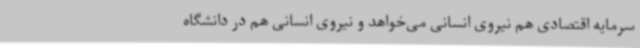
سرمایه اقتصادی هم نیروی انسانی می‌خواهد و نیروی انسانی هم در دانشگاه